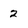
Character: 2